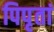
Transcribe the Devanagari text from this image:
पिपृतां